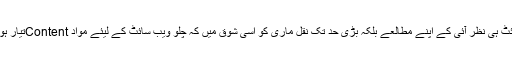
جی ہاں، بظاہر یہ ویب سائٹ ہی نظر آئی کے اپنے مطالعے بلکہ بڑی حد تک نقل ماری کو اسی شوق میں کہ چلو ویب سائٹ کے لیئے مواد Contentتیار ہورہا ہے کرنے بیٹھ گیاہوں۔